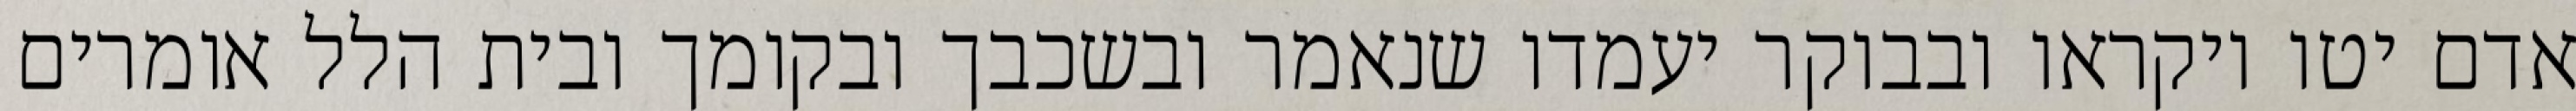
אדם יטו ויקראו ובבוקר יעמדו שנאמר ובשכבך ובקומך ובית הלל אומרים